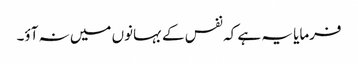
فرمایا یہ ہے کہ نفس کے بہانوں میں نہ آؤ۔